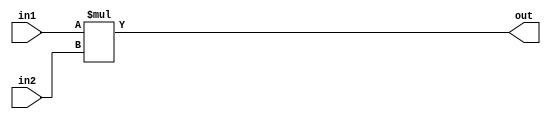
module MUL16 #(parameter SIZE = 16)(input [SIZE-1:0] in1, in2, output [2*SIZE-1:0] out);
assign out = in1*in2;
endmodule